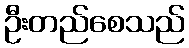
ဦးတည်စေသည်